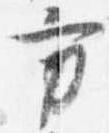
方